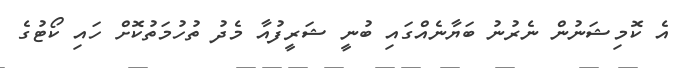
އެ ކޮމިޝަނުން ނެރުނު ބަޔާނެއްގައި ބުނީ ޝަރީފުއާ މެދު ތުހުމަތުކޮށް ހައި ކޯޓުގެ